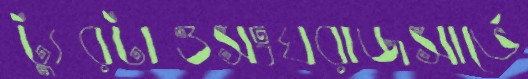
ট্যুরটাওসংঘরাজসার্ভে